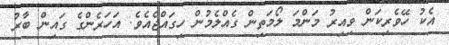
އެކު ހޭވެރިކަން ވިއިރު މަންމަ ލޯމަތިން ގެއްލެމުން ހިގައްޖެއެވެ. އަހަރެންގެ ގައިން ބާރު